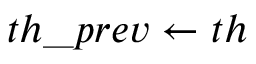
t h \_ p r e v \leftarrow t h